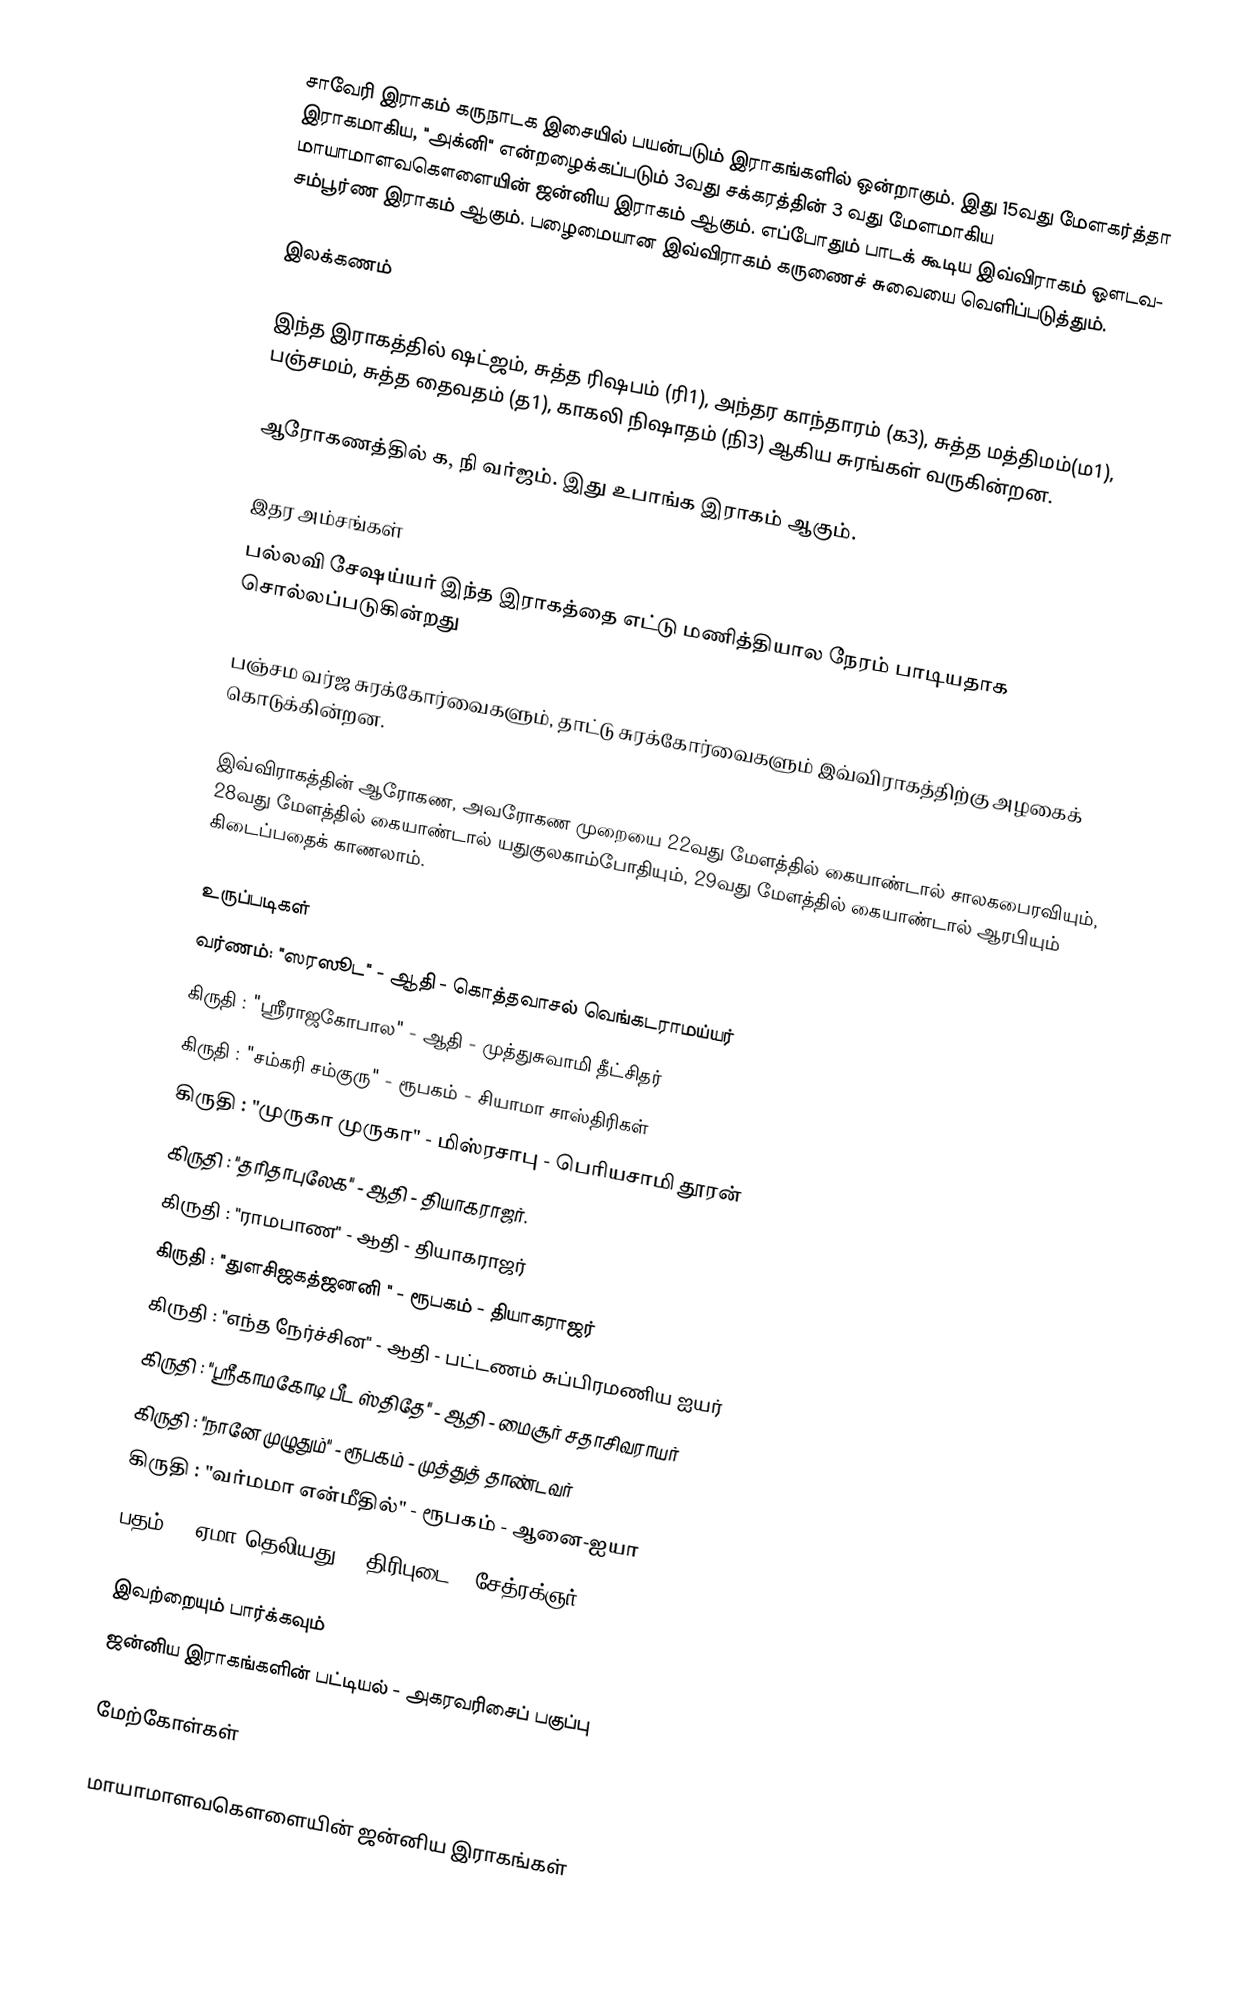
சாவேரி இராகம் கருநாடக இசையில் பயன்படும் இராகங்களில் ஒன்றாகும். இது 15வது மேளகர்த்தா இராகமாகிய, "அக்னி" என்றழைக்கப்படும் 3வது சக்கரத்தின் 3 வது மேளமாகிய மாயாமாளவகௌளையின் ஜன்னிய இராகம் ஆகும். எப்போதும் பாடக் கூடிய இவ்விராகம் ஔடவ- சம்பூர்ண இராகம் ஆகும். பழைமையான இவ்விராகம் கருணைச் சுவையை வெளிப்படுத்தும்.

இலக்கணம்

 இந்த இராகத்தில் ஷட்ஜம், சுத்த ரிஷபம் (ரி1), அந்தர காந்தாரம் (க3), சுத்த மத்திமம்(ம1), பஞ்சமம், சுத்த தைவதம் (த1), காகலி நிஷாதம் (நி3) ஆகிய சுரங்கள் வருகின்றன.

 ஆரோகணத்தில் க, நி வர்ஜம். இது உபாங்க இராகம் ஆகும்.

இதர அம்சங்கள்
 பல்லவி சேஷய்யர் இந்த இராகத்தை எட்டு மணித்தியால நேரம் பாடியதாக சொல்லப்படுகின்றது

 பஞ்சம வர்ஜ சுரக்கோர்வைகளும், தாட்டு சுரக்கோர்வைகளும் இவ்விராகத்திற்கு அழகைக் கொடுக்கின்றன.

 இவ்விராகத்தின் ஆரோகண, அவரோகண முறையை 22வது மேளத்தில் கையாண்டால் சாலகபைரவியும், 28வது மேளத்தில் கையாண்டால் யதுகுலகாம்போதியும், 29வது மேளத்தில் கையாண்டால் ஆரபியும் கிடைப்பதைக் காணலாம்.

உருப்படிகள்
 வர்ணம்: "ஸரஸூட"	- ஆதி		- கொத்தவாசல் வெங்கடராமய்யர்
 கிருதி : "ஸ்ரீராஜகோபால"	- ஆதி	- முத்துசுவாமி தீட்சிதர்
 கிருதி	: "சம்கரி சம்குரு"	- ரூபகம்	- சியாமா சாஸ்திரிகள்
 கிருதி	: "முருகா முருகா"	- மிஸ்ரசாபு	- பெரியசாமி தூரன்
 கிருதி	: "தரிதாபுலேக"	- ஆதி		- தியாகராஜர்.
 கிருதி	: "ராமபாண"	- ஆதி		- தியாகராஜர்
 கிருதி	: "துளசிஜகத்ஜனனி " - ரூபகம்	- தியாகராஜர்
 கிருதி	: "எந்த நேர்ச்சின"	- ஆதி		- பட்டணம் சுப்பிரமணிய ஐயர்
 கிருதி	: "ஸ்ரீகாமகோடி பீட ஸ்திதே"	- ஆதி	- மைசூர் சதாசிவராயர்
 கிருதி	: "நானே முழுதும்"	- ரூபகம்	- முத்துத் தாண்டவர்
 கிருதி	: "வர்மமா என்மீதில்" - ரூபகம் - ஆனை-ஐயா
 பதம் : "ஏமா தெலியது" - திரிபுடை - சேத்ரக்ஞர்

இவற்றையும் பார்க்கவும்
 ஜன்னிய இராகங்களின் பட்டியல் - அகரவரிசைப் பகுப்பு

மேற்கோள்கள்

மாயாமாளவகௌளையின் ஜன்னிய இராகங்கள்